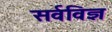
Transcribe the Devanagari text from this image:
सर्वविज्ञ